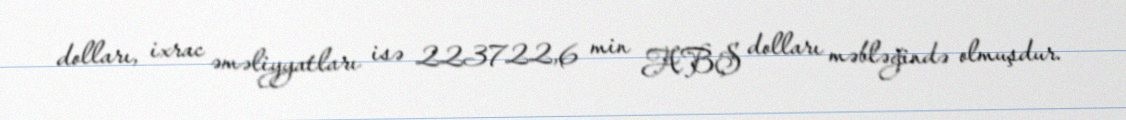
dolları, ixrac əməliyyatları isə 223722,6 min ABŞ dolları məbləğində olmuşdur.